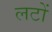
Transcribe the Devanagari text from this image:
लटों